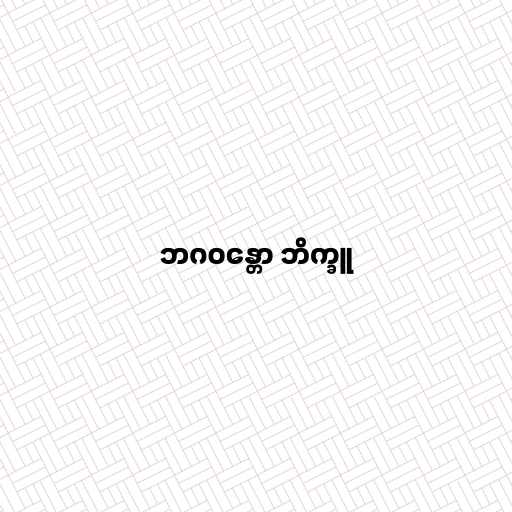
ဘဂဝန္တော ဘိက္ခူ